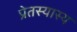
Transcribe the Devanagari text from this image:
प्रेतस्यास्य